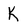
Character: K